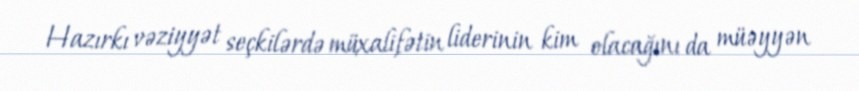
Hazırkı vəziyyət seçkilərdə müxalifətin liderinin kim olacağını da müəyyən